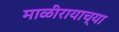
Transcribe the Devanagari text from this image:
माळीरायाच्या